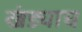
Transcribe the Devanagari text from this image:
खंड्याच